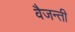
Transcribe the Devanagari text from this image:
वैजन्ती